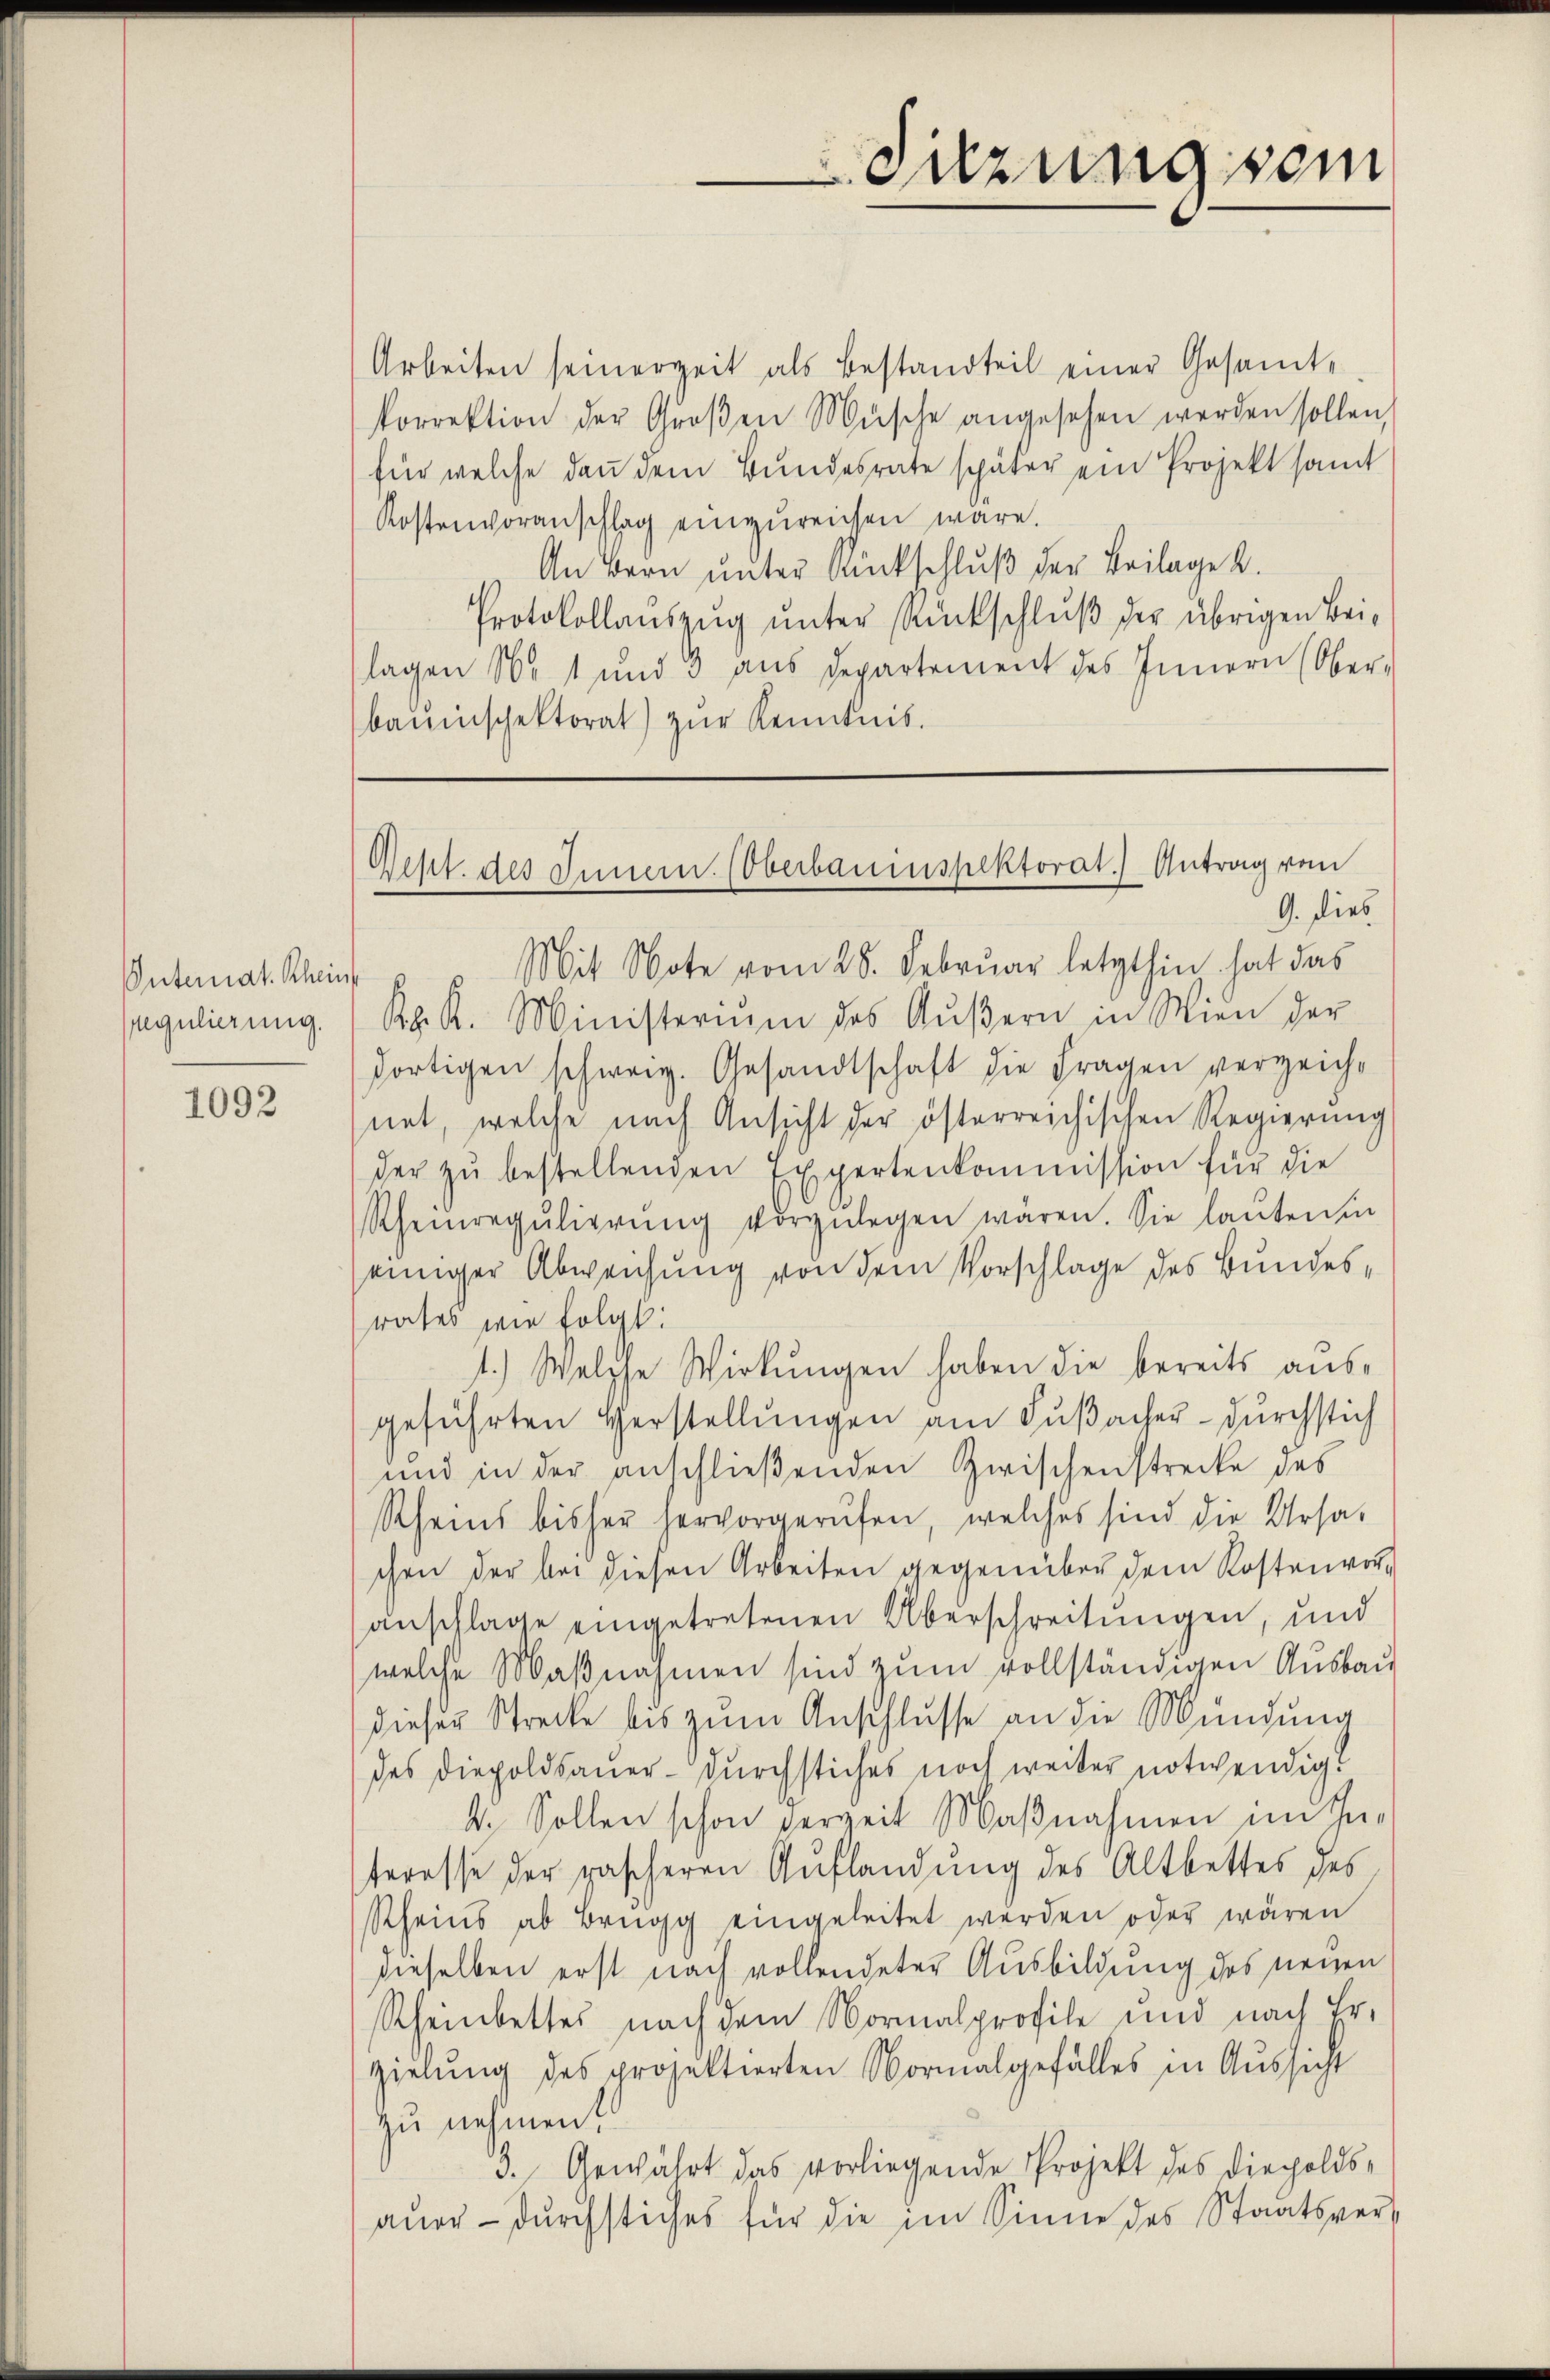
Internat. Rhein
egulierung.

1092

Arbeiten seinerzeit als Bestandteil einer Gesamt-
Porrektion der Groβen Müsche angesehen werden sollen,
für welche dann dem Bundesrate später ein Projekt samt
Kostenvoranschlag einzŭreichen wäre.
An Bern unter Rückschluß der Beilage 2.
Protokollauszug unter Rückschluß der übrigen Beilagen No 1 und 3 aus Departement des Innern (Ober-
bauinschektorat) zŭr Kenntnis.

Mit Note vom 28. Februar letzthin hat das
K. K. Ministerium des Aŭβern in Wien der
dortigen schweiz. Gesandtschaft die Fragen verzeich-
net, welche nach Ansicht der österreichischen Regierung
der zŭ bestellenden Expertenkommission für die
Rheinregŭlierŭng vorzŭlegen waren. Sie lanten in
einiger Abweichung von dem Vorschlage des Bundesrates wie folgt:
1.) Welche Wirkungen haben die bereits ausgeführten Verstellungen am Fußacher durchstich
und in der anschließenden Zwischenstrecke des
Rheins bisher hervorgerufen, welches sind die Ursa-
chen der bei diesen Arbeiten gegenüber dem Kostenvoranschlage eingetretenen Überschreitungen, und
welche Maßnahmen sind zum vollständigen Ausbau
dieser Strecke bis zum Anschlusse an die Mündung
des Diepoldsauer-Durchstiches noch weiter notwendig.
4. Sollen schon verzeit Maßnahmen im Interesse der pascheren Auflandung des Altbettes des
Rheins ab Brugg eingeleitet werden oder wären
dieselben erst nach vollendeter Ausbildung des neuen
Rheinbettes nach dem Normalprofile und nach Er-
zielung des projektierten Normalgefälles in Aussicht
zu nehmen?
3. Gewährt das vorliegende Projekt des diesoldsaner- dŭrchstiches für die im Sinne des Staatsvers

Sitzung sein

Gept. des Innern. (Oberbauinspektorat.) Antrag vom
G. dies